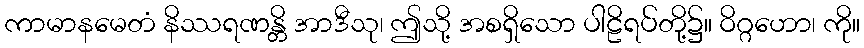
ကာမာနမေတံ နိဿရဏန္တိ အာဒီသု၊ ဤသို့ အစရှိသော ပါဠိရပ်တို့၌။ ဝိဂ္ဂဟော၊ ကို။